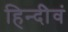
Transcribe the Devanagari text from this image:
हिन्दीेवं